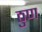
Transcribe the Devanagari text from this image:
ठुण